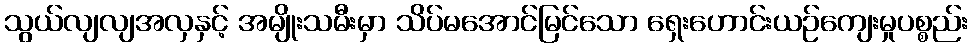
သွယ်လျလျအလှနှင့် အမျိုးသမီးမှာ သိပ်မအောင်မြင်သော ရှေးဟောင်းယဉ်ကျေးမှုပစ္စည်း